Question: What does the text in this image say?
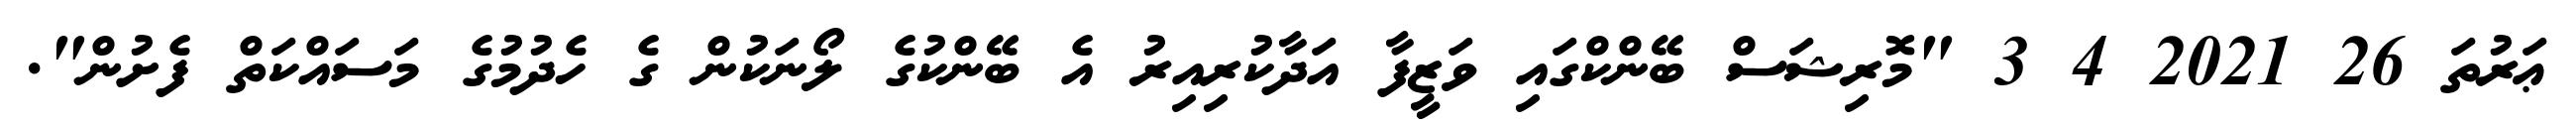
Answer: ޢަރުތަ 26 2021 4 3 "މޮރިޝަސް ބޭންކްގައި ވަޒީފާ އަދާކުރިއިރު އެ ބޭންކުގެ ލޯނަކުން ގެ ހެދުމުގެ މަސައްކަތް ފެށުން".